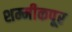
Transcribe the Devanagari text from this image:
शम्मीकपूर